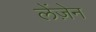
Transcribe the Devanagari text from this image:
लेंज़ेन